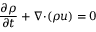
\frac { \partial \rho } { \partial t } + \boldsymbol { \nabla \cdot } ( \rho \boldsymbol { u } ) = 0